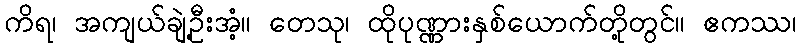
ကိရ၊ အကျယ်ချဲ့ဦးအံ့။ တေသု၊ ထိုပုဏ္ဏားနှစ်ယောက်တို့တွင်။ ဧကဿ၊